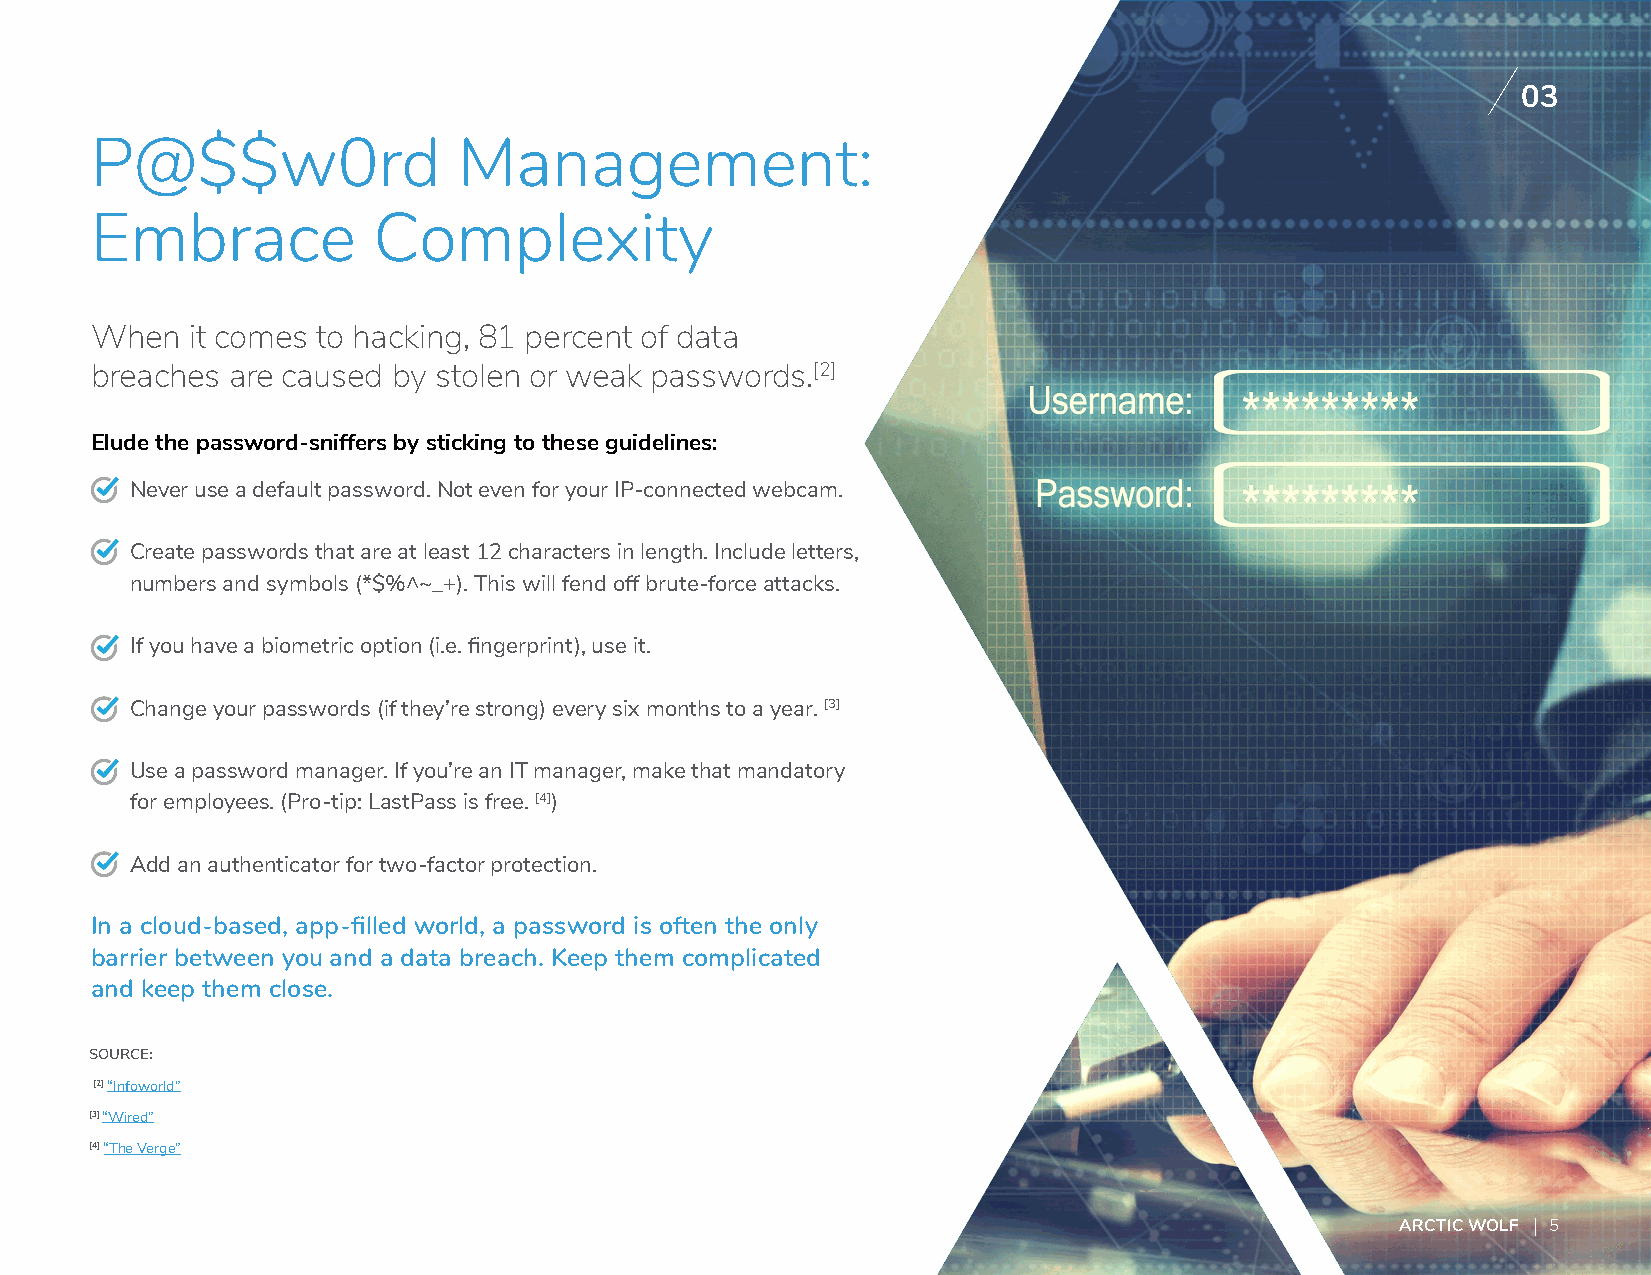
03
 P@$$w0rd                Management:
 Embrace            Complexity
 When   it comes to hacking, 81 percent of data
 breaches are caused by stolen or weak passwords.[2]
 Elude the password-sniffers by sticking to these guidelines:
 Never use a default password. Not even for your IP-connected webcam.
 Create passwords that are at least 12 characters in length. Include letters,
 numbers and symbols (*$%^~_+). This will fend off brute-force attacks.
 If you have a biometric option (i.e. fingerprint), use it.
 Change your passwords (if they’re strong) every six months to a year. [3]
 Use a password manager. If you’re an IT manager, make that mandatory
 for employees. (Pro-tip: LastPass is free. [4])
 Add an authenticator for two-factor protection.
 In a cloud-based, app-filled world, a password is often the only
 barrier between you and a data breach. Keep them complicated
 and keep them close.
 SOURCE:
 [2] “Infoworld”
 [3] “Wired”
 [4] “The Verge”
 ARCTIC WOLF 5